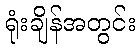
ရုံးချိန်အတွင်း